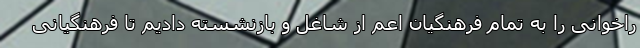
راخوانی را به تمام فرهنگیان اعم از شاغل و بازنشسته دادیم تا فرهنگیانی